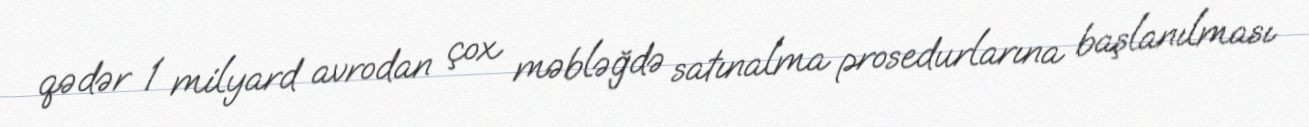
qədər 1 milyard avrodan çox məbləğdə satınalma prosedurlarına başlanılması